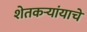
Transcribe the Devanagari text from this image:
शेतकर्‍यांयाचे